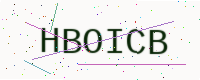
Text: HBOICB